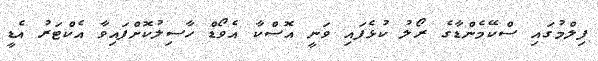
ފިލްމުގައި ސްކޭމެންޑާގެ ރޯލު ކުޅެފައި ވަނީ އޮސްކާ އެވޯޑް ހާސިލުކޮށްފައިވާ އެކްޓަރު އެޑީ